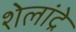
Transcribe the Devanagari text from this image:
शेलांद्रे